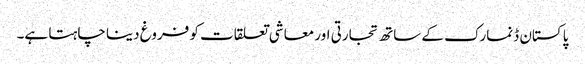
پاکستان ڈنمارک کے ساتھ تجارتی اور معاشی تعلقات کو فروغ دینا چاہتا ہے۔